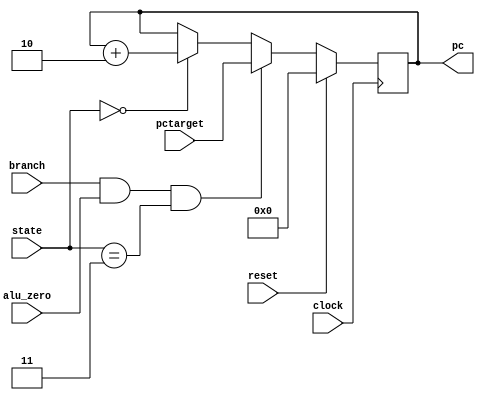
// EE 361
// LEGLite
// 
// * PC and PC Control:  Program Counter and
//         the PC control logic

//--------------------------------------------------------------
// PC and PC Control
module PCLogic(
		pc,		// current pc value
		clock,	// clock input
		pctarget,	// From EXMEM pctarget
		branch,	// CBZ instruction
		alu_zero,	// zero from ALU, used in cond branch
		reset,		// reset input
		state     // Added input
		);


output [15:0] pc;
input clock;
input [15:0] pctarget;
input branch;
input alu_zero;
input reset;
input [1:0] state;

reg [15:0] pc; 
												    
// Program counter pc is updated
//   * if reset = 0 then pc = 0
//   * otherwise pc = pc +2
// What's missing is how pc is updated when a branch occurs

always @(posedge clock) // reset or state
	begin
	if (reset == 1) pc <= 0;
	else if (branch == 1 && alu_zero == 1 && state == 3) pc <= pctarget;
	else if (state == 0) pc <= pc + 2; // default
	else pc <= pc;
	end
		
endmodule